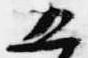
五